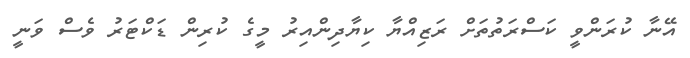
އޭނާ ކުރަންވީ ކަސްރަތުތަށް ރަޒިއްޔާ ކިޔާދިންއިރު މީގެ ކުރިން ޑަކްޓަރު ވެސް ވަނީ